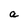
Character: a